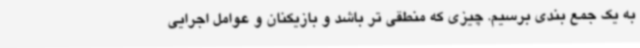
به یک جمع بندی برسیم. چیزی که منطقی تر باشد و بازیکنان و عوامل اجرایی